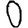
Digit: 0